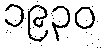
၁၉၃၀